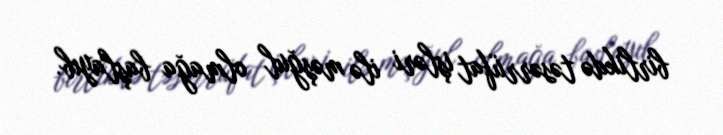
birlikdə təsərrüfat işləri ilə məşğul olmağa başlayıb.